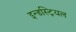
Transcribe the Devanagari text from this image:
इन्डस्ट्रियल